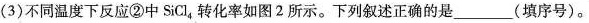
(3)不同温度下反应②中SiCl_{4}转化率如图2所示。下列叙述正确的是___(填序号)。